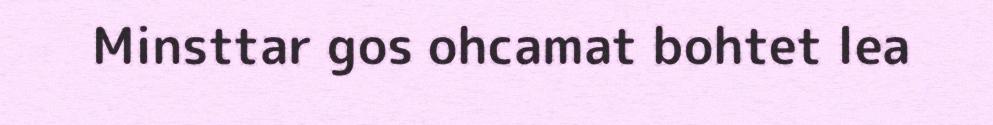
Minsttar gos ohcamat bohtet lea